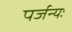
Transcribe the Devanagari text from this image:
पर्जन्यः